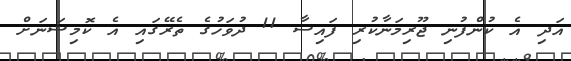
އަދި އެ ކުންފުނި ޖޫރިމަނާކުރި ފައިސާ 11 ދުވަހުގެ ތެރޭގައި އެ ކޮމިޝަނަށް